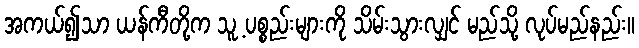
အကယ်၍သာ ယန်ကီတို့က သူ့ ပစ္စည်းများကို သိမ်းသွားလျှင် မည်သို့ လုပ်မည်နည်း။